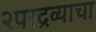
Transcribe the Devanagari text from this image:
२परद्रव्याचा